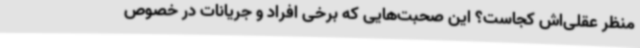
منظر عقلی‌اش کجاست؟ این صحبت‌هایی که برخی افراد و جریانات در خصوص